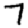
Digit: 7